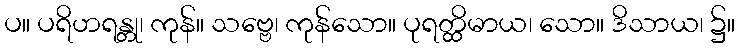
ပ။ ပရိဟရန္တု၊ ကုန်။ သဗ္ဗေ၊ ကုန်သော။ ပုရတ္ထိမာယ၊ သော။ ဒိသာယ၊ ၌။